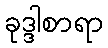
ခုဒ္ဒါစာရာ